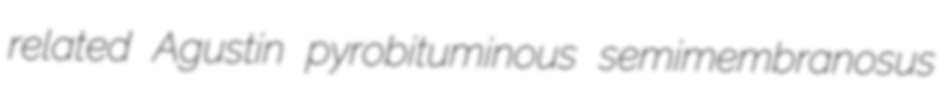
related Agustin pyrobituminous semimembranosus